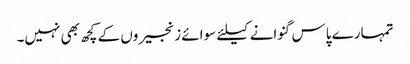
تمہارے پاس گنوانے کیلئے سوائے زنجیروں کے کچھ بھی نہیں۔